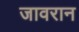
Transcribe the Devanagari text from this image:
जावरान